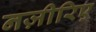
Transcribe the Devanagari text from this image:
नज़ीरिए